Indian journal of veterinary science and animal husbandry - Volume 2,
Year: 1932
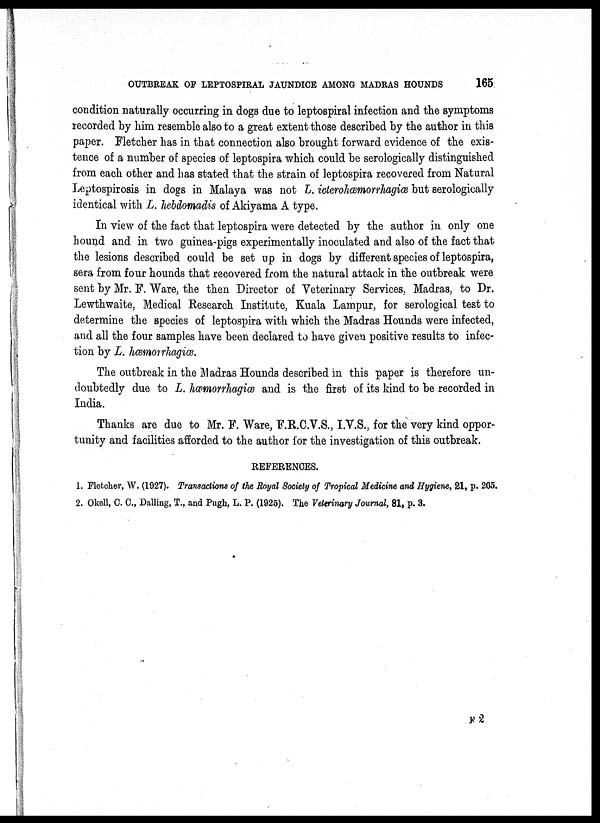
OUTBREAK OF LEPTOSPIRAL JAUNDICE AMONG MADRAS HOUNDS
165
condition naturally occurring in dogs due to leptospiral infection and the symptoms
recorded by him resemble also to a great extent those described by the author in this
paper. Fletcher has in that connection also brought forward evidence of the exis-
tence of a number of species of leptospira which could be serologically distinguished
from each other and has stated that the strain of leptospira recovered from Natural
Leptospirosis in dogs in Malaya was not L. icterohæmorrhagiæ but serologically
identical with L. hebdomadis of Akiyama A type.
In view of the fact that leptospira were detected by the author in only one
hound and in two guinea-pigs experimentally inoculated and also of the fact that
the lesions described could be set up in dogs by different species of leptospira,
sera from four hounds that recovered from the natural attack in the outbreak were
sent by Mr. F. Ware, the then Director of Veterinary Services. Madras, to Dr.
Lewthwaite, Medical Research Institute, Kuala Lampur, for serological test to
determine the species of leptospira with which the Madras Hounds were infected,
and all the four samples have been declared to have given positive results to infec-
tion by L. hæmorrhagicæ.
The outbreak in the Madras Hounds described in this paper is therefore un-
doubtedly due to L. hæmorrhagiæ and is the first of its kind to be recorded in
India.
Thanks are due to Mr. F. Ware, F.R.C.V.S., I.V.S., for the very kind oppor-
tunity and facilities afforded to the author for the investigation of this outbreak.
REFERENCES.
1. Fletcher, W. (1927). Transactions of the Royal Society of Tropical Medicine and Hygiene, 21, p. 265.
2. Okell, C. C., Dalling, T., and Pugh, L. P. (1925). The Veterinary Journal, 81, p. 3.
F 2